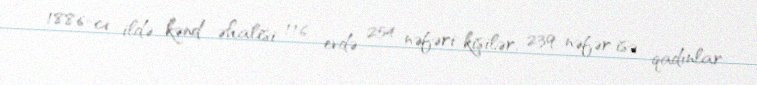
1886-cı ildə kənd əhalisi 116 evdə 254 nəfəri kişilər, 239 nəfər isə qadınlar